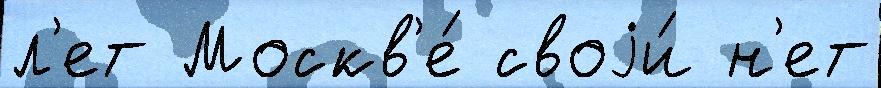
л'ет Москв'е́ своjи́ н'ет